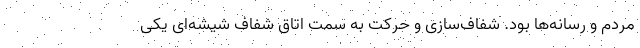
مردم و رسانه‌ها بود. شفاف‌سازی و حرکت به سمت اتاق شفاف شیشه‌ای یکی